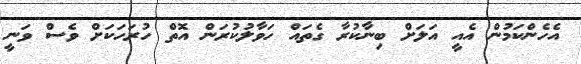
އެހެންކަމުން އެއީ އަލަށް ބިނާކުރާ ގެތައް ހަވާލުކުރަން އޮތް ހުރަހަކަށް ވެސް ވަނީ